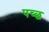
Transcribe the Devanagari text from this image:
पच्‍छ